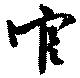
官